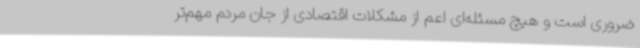
ضروری است و هیچ مسئله‌ای اعم از مشکلات اقتصادی از جان مردم مهم‌تر